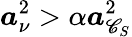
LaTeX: \boldsymbol{a}_{\nu}^{2}>\alpha\boldsymbol{a}_{\mathscr{C}_{S}}^{2}